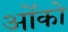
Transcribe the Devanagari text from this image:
ओंको